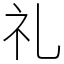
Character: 礼